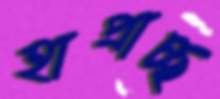
হাপ্‌রাচ্ছ